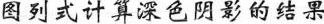
图列式计算深色阴影的结果